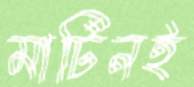
মার্টিনই